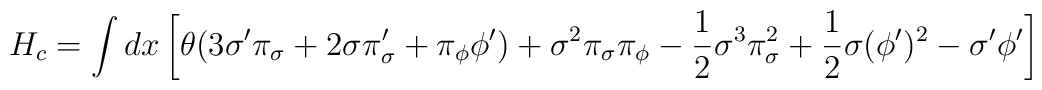
H_c=\int dx\left[\theta(3{\sigma}^{\prime}{\pi}_{\sigma}+2\sigma{\pi}^{\prime}_{\sigma}+{\pi}_{\phi}{\phi}^{\prime})+{\sigma}^2{\pi}_{\sigma}{\pi}_{\phi}-{\frac 1 2}{\sigma}^3{\pi}^2_{\sigma}+{\frac 1 2}\sigma({\phi}^{\prime})^2-{\sigma}^{\prime}{\phi}^{\prime}\right]